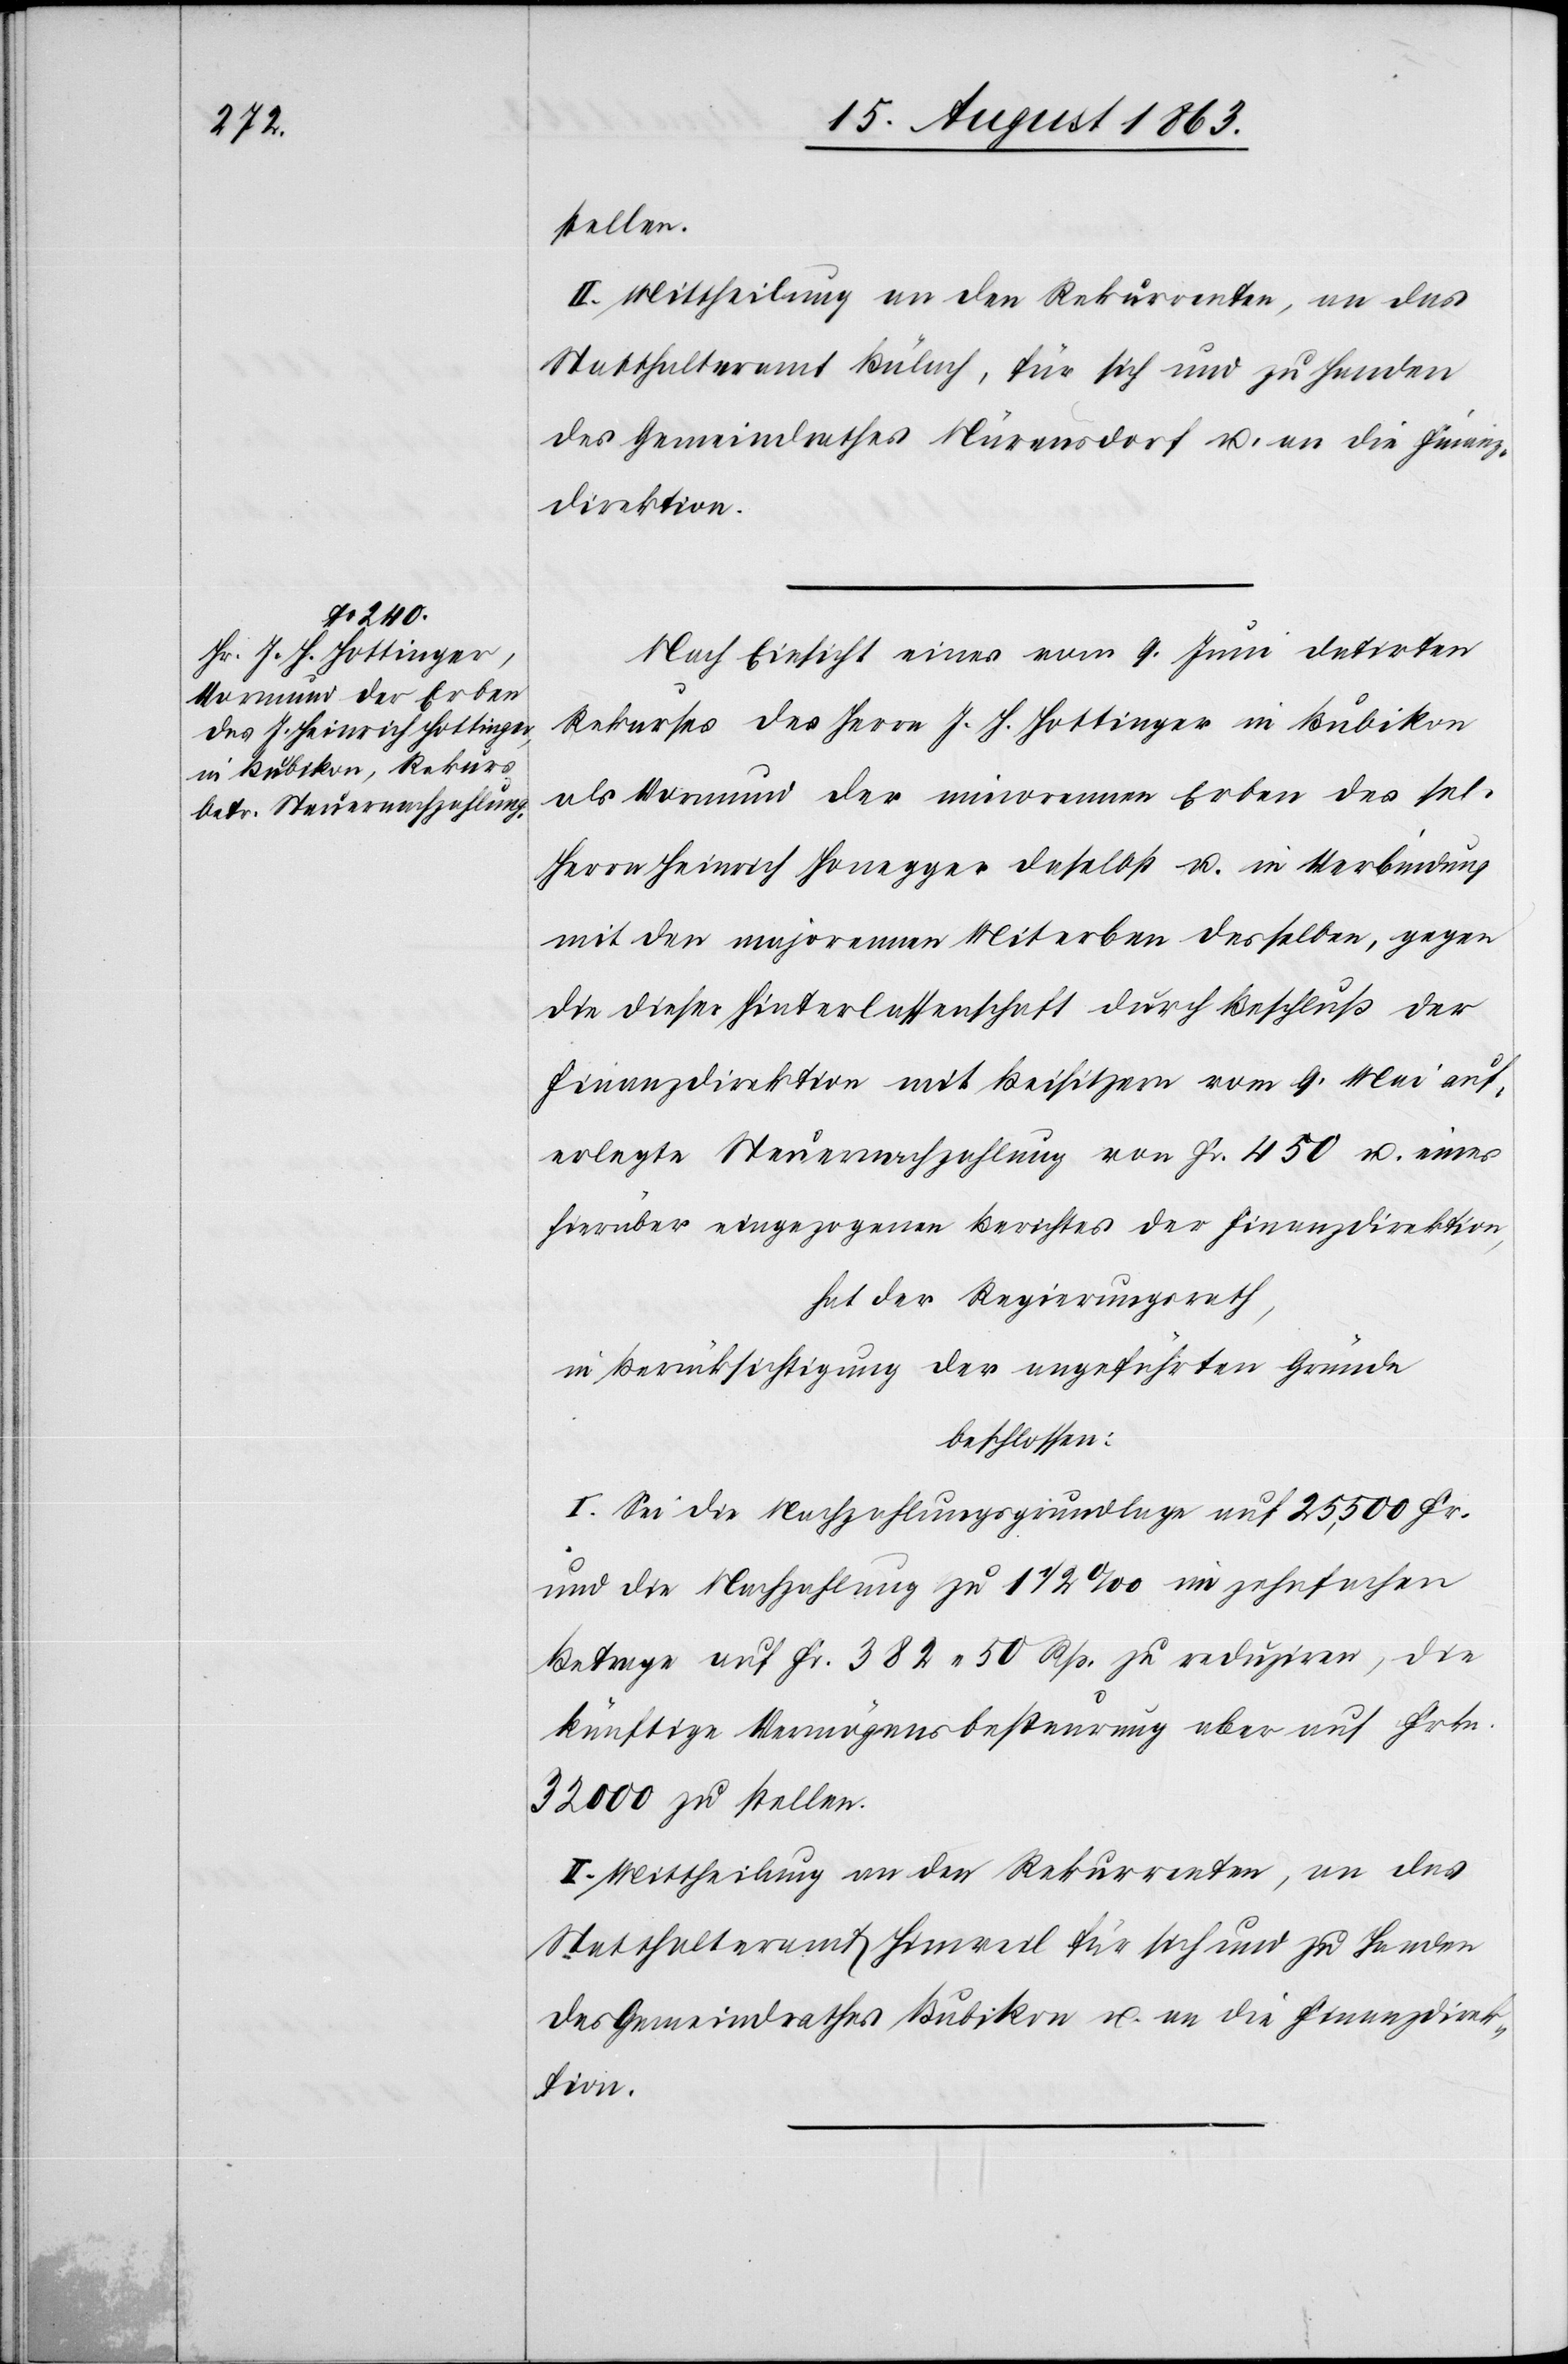
stellen.
II. Mittheilung an den Rekurrenten, an das
Statthalteramt Bülach, für sich und zu Handen
des Gemeindrathes Nürensdorf u. an die Finanz¬
direktion.
Nach Einsicht eines vom 9. Juni datirten
Rekurses des Herrn J. H. Hottinger in Bubikon
als Vormund der minorennen Erben des sel.
Herrn Heinrich Honegger daselbst u. in Verbindung
mit den majorennen Miterben desselben, gegen
die dieser Hinterlassenschaft durch Beschluß der
Finanzdirektion mit Beisitzern vom 9. Mai auf¬
erlegte Steuernachzahlung von Fr. 450 u. eines
hierüber eingezogenen Berichtes der Finanzdirektion,
hat der Regierungsrath,
in Berücksichtigung der angeführten Gründe
beschlossen:
I. Sei die Nachzahlungsgrundlage auf 25,500 Fr.
und die Nachzahlung zu 1 1/2 ‰ im zehnfachen
Betrage auf Fr. 382. 50 Rp. zu reduziren, die
künftige Vermögensbesteurung aber auf Frkn.
32 000 zu stellen.
II. Mittheilung an den Rekurrenten, an das
Statthalteramt Hinweil für sich und zu Handen
des Gemeindrathes Bubikon u. an die Finanzdirek¬
tion.